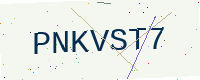
Text: PNKVST7